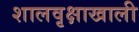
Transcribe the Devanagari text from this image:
शालवृक्षाखाली